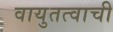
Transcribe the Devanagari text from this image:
वायुतत्वाची